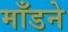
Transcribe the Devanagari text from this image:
माँडने